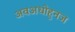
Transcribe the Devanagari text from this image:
अवअधोहुनज